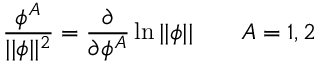
\frac { \phi ^ { A } } { | | \phi | | ^ { 2 } } = \frac \partial { \partial \phi ^ { A } } \ln | | \phi | | \quad \quad A = 1 , 2